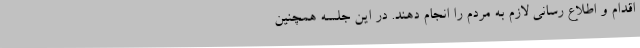
اقدام و اطلاع رسانی لازم به مردم را انجام دهند. در این جلسه همچنین